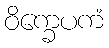
ဝိက္ခေပကံ